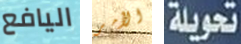
اليافع الأمر تحويلة